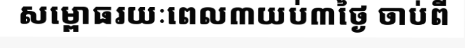
សម្ពោធរយៈពេល៣យប់៣ថ្ងៃ ចាប់ពី